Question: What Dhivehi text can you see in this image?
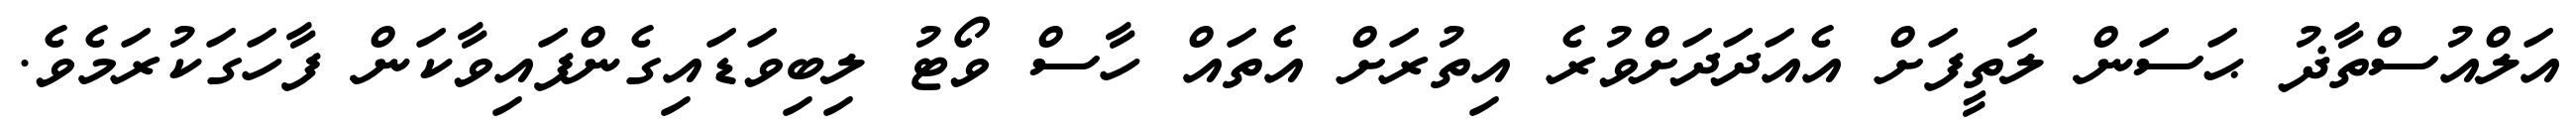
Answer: އަލްއުސްތާޛު ޙަސަން ލަތީފަށް އެއަދަދަށްވުރެ އިތުރަށް އެތައް ހާސް ވޯޓު ލިބިވަޑައިގެންފައިވާކަން ފާހަގަކުރަމެވެ.